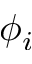
\phi _ { i }